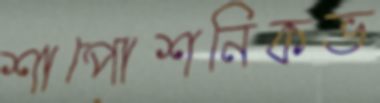
শাপোশনিকভ